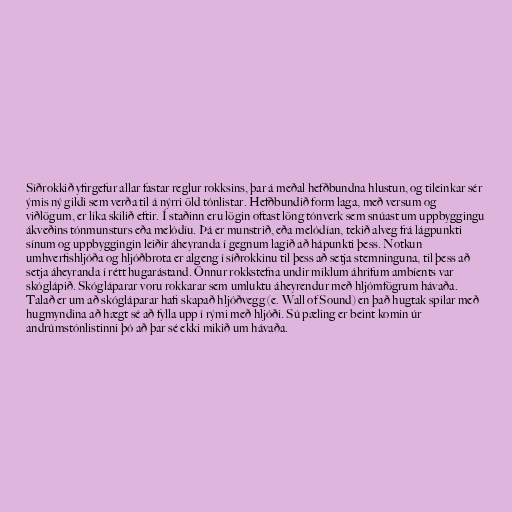
Síðrokkið yfirgefur allar fastar reglur rokksins, þar á meðal hefðbundna hlustun, og tileinkar sér
ýmis ný gildi sem verða til á nýrri öld tónlistar. Hefðbundið form laga, með versum og
viðlögum, er líka skilið eftir. Í staðinn eru lögin oftast löng tónverk sem snúast um uppbyggingu
ákveðins tónmunsturs eða melódíu. Þá er munstrið, eða melódían, tekið alveg frá lágpunkti
sínum og uppbyggingin leiðir áheyranda í gegnum lagið að hápunkti þess. Notkun
umhverfishljóða og hljóðbrota er algeng í síðrokkinu til þess að setja stemninguna, til þess að
setja áheyranda í rétt hugarástand. Önnur rokkstefna undir miklum áhrifum ambíents var
skóglápið. Skógláparar voru rokkarar sem umluktu áheyrendur með hljómfögrum hávaða.
Talað er um að skógláparar hafi skapað hljóðvegg (e. Wall of Sound) en það hugtak spilar með
hugmyndina að hægt sé að fylla upp í rými með hljóði. Sú pæling er beint komin úr
andrúmstónlistinni þó að þar sé ekki mikið um hávaða.